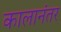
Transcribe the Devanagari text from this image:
कालानंतर